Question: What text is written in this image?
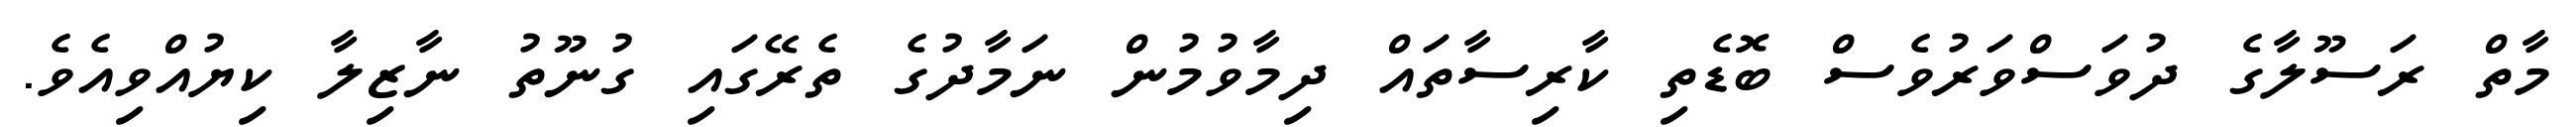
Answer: މާތް ރަސޫލާގެ ދުވަސްވަރުވެސް ބޮޑެތި ކާރިސާތައް ދިމާވުމުން ނަމާދުގެ ތެރޭގައި ގުނޫތު ނާޒިލާ ކިޔުއްވިއެވެ.